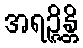
အရဉ္ဇိန္တိ